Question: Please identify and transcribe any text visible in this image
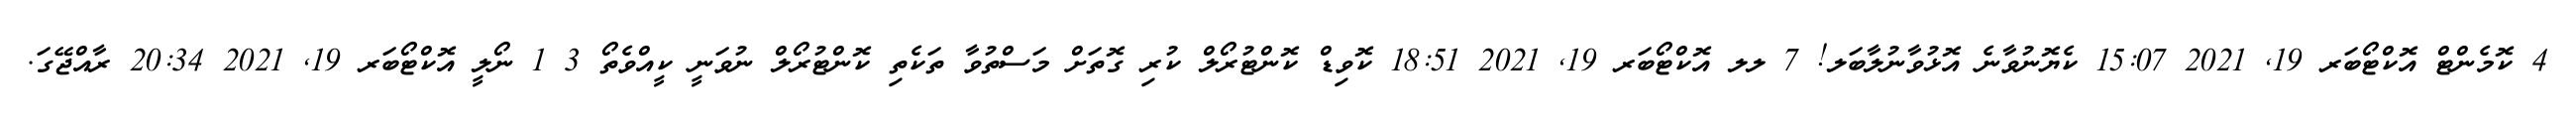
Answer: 4 ކޮމެންޓް އޮކްޓޯބަރ 19, 2021 15:07 ކެޔޮނުވާނެ އޮޅުވާނުލާބަލ! 7 ލލ އޮކްޓޯބަރ 19, 2021 18:51 ކޮވިޑް ކޮންޓުރޯލް ކުރި ގޮތަށް މަސްތުވާ ތަކެތި ކޮންޓުރޯލް ނުވަނީ ކީއްވެތޯ 3 1 ނޯލީ އޮކްޓޯބަރ 19, 2021 20:34 ރާއްޖޭގަ.